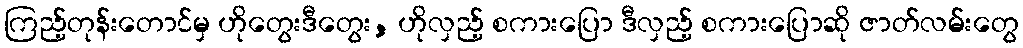
ကြည့်တုန်းတောင်မှ ဟိုတွေးဒီတွေး, ဟိုလှည့် စကားပြော ဒီလှည့် စကားပြောဆို ဇာတ်လမ်းတွေ